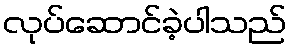
လုပ်ဆောင်ခဲ့ပါသည်